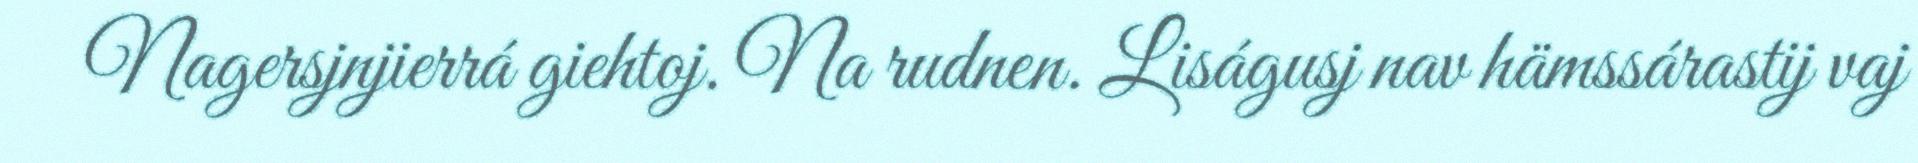
Nagersjnjierrá giehtoj. Na rudnen. Liságusj nav hämssárastij vaj